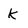
Character: k